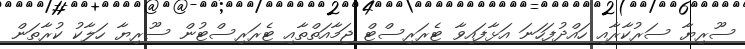
ސޫރިޔާ ސަރުކާރާއި ހައްދުފަހަނަ އަޅާފައިވާ ޓެރަރިސްޓް ޖަމާއަތްތާއި ޓެރަރިސްޓުން ސޫރިޔާ ހަލާކު ކުރާތަން